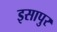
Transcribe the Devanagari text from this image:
इसापुर